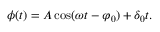
\phi ( t ) = A \cos ( \omega t - \varphi _ { 0 } ) + \delta _ { 0 } t .